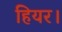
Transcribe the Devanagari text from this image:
हियर।